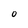
Character: O